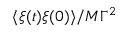
\langle \xi ( t ) \xi ( 0 ) \rangle / M \Gamma ^ { 2 }